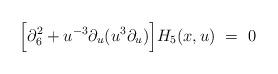
LaTeX: \begin{align*} \Big[ \partial_{6}^{2} + u^{-3} \partial_{u}(u^{3} \partial_{u}) \Big] H_{5}(x,u) \ = \ 0\end{align*}